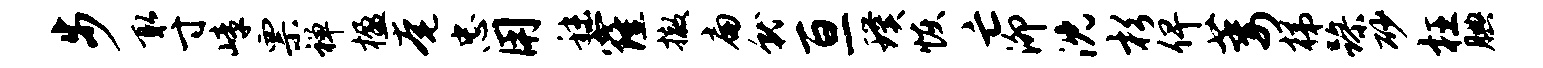
步取寸嶂票禅楹奄忠用秣窿撤扁就亘璞恢亡泖沈杉俾萎梯躁砂枉腆